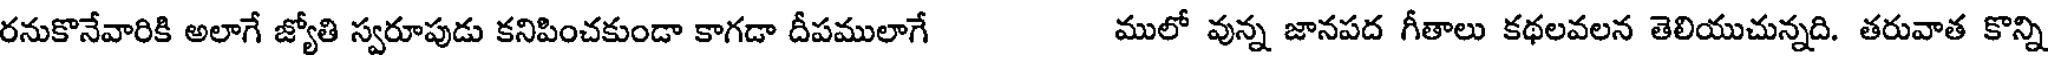
రనుకొనేవారికి అలాగే జ్యోతి స్వరూపుడు కనిపించకుండా కాగడా దీపములాగే ములో వున్న జానపద గీతాలు కథలవలన తెలియుచున్నది. తరువాత కొన్ని